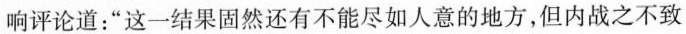
响评论道：”这一结果固然还有不能尽如人意的地方，但内战之不致